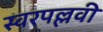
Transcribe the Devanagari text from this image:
स्वरपल्लवी